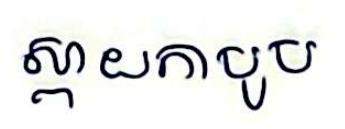
ស្ពាយកាបូប